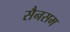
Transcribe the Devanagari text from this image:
सैनसम